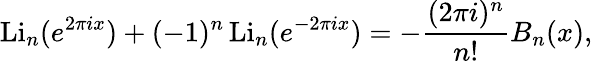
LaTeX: \operatorname{Li}_{n}(e^{2\pi ix})+(-1)^{n}\operatorname{Li}_{n}(e^{-2\pi ix})=-{\frac{(2\pi i)^{n}}{n!}}B_{n}(x),